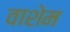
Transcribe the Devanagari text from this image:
वाशेम